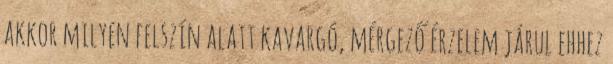
akkor milyen felszín alatt kavargó, mérgező érzelem járul ehhez